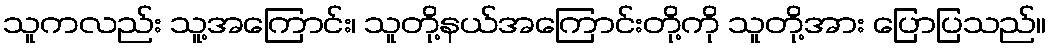
သူကလည်း သူ့အကြောင်း၊ သူတို့နယ်အကြောင်းတို့ကို သူတို့အား ပြောပြသည်။